Source: Handwritten
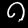
Digit: ၈ (8)